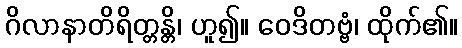
ဂိလာနာတိရိတ္တန္တိ၊ ဟူ၍။ ဝေဒိတဗ္ဗံ၊ ထိုက်၏။